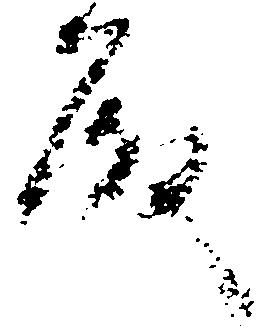
殿